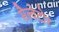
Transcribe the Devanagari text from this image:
सैल्वेटोर